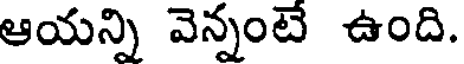
ఆయన్ని వెన్నంటే ఉంది.